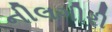
નીલગીરી